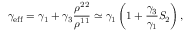
\gamma _ { \mathrm { e f f } } = \gamma _ { 1 } + \gamma _ { 3 } \frac { \rho ^ { 2 2 } } { \rho ^ { 1 1 } } \simeq \gamma _ { 1 } \left( 1 + \frac { \gamma _ { 3 } } { \gamma _ { 1 } } S _ { 2 } \right) ,